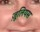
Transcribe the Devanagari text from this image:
ज़ूलियस